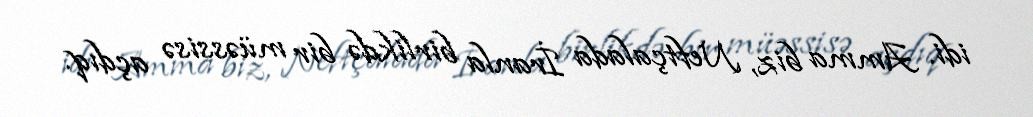
idi. Amma biz, Neftçalada İranla birlikdə bir müəssisə açdıq.